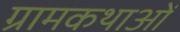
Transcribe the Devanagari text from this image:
ग्रामकथाओं